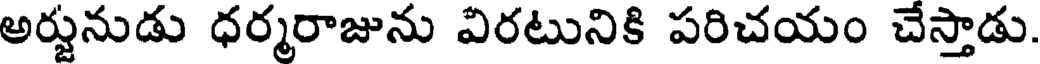
అర్జునుడు ధర్మరాజును విరటునికి పరిచయం చేస్తాడు